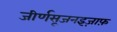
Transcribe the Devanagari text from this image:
जीर्णसूजनइज़ाफ़